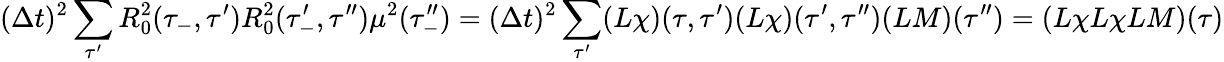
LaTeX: (\Delta t)^{2}\sum_{\tau^{\prime}}R_{0}^{2}(\tau_{-},\tau^{\prime})R_{0}^{2}(\tau_{-}^{\prime},\tau^{\prime\prime})\mu^{2}(\tau_{-}^{\prime\prime})=(\Delta t)^{2}\sum_{\tau^{\prime}}(L\chi)(\tau,\tau^{\prime})(L\chi)(\tau^{\prime},\tau^{\prime\prime})(LM)(\tau^{\prime\prime})=(L\chi L\chi LM)(\tau)